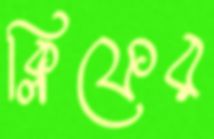
ক্লিফের